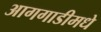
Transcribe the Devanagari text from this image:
आगगाडीमधे